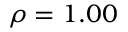
\rho = 1 . 0 0